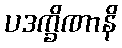
ပဒက္ခိဏာနိ